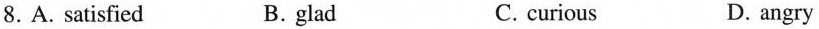
8.A.Satisfied B.glad C.curious D.angry